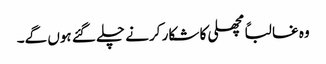
وہ غالباً مچھلی کا شکار کرنے چلے گئے ہوں گے۔